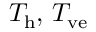
T _ { \mathrm { h } } , \, T _ { \mathrm { v e } }